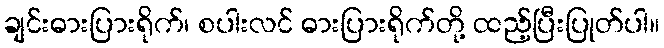
ချင်းဓားပြားရိုက်၊ စပါးလင် ဓားပြားရိုက်တို့ ထည့်ပြီးပြုတ်ပါ။